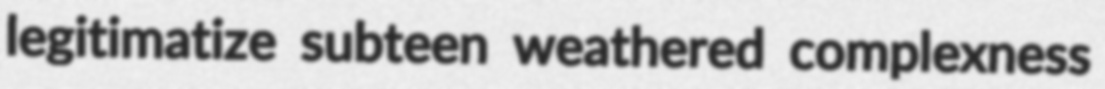
legitimatize subteen weathered complexness